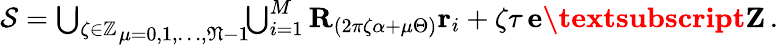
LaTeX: \begin{array}{r}{\mathcal{S}=\underset{\mu=0,1,\dots,\mathfrak{N}-1}{\bigcup_{\zeta\in\mathbb{Z}}}\! \! \bigcup_{i=1}^{M}{\textbf{R}}_{(2\pi\zeta\alpha+\mu\Theta)}\mathbf{r}_{i}+\zeta\tau\, \textbf{e\textsubscript{Z}}\, .}\end{array}